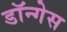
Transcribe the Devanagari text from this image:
डॉन्गेस